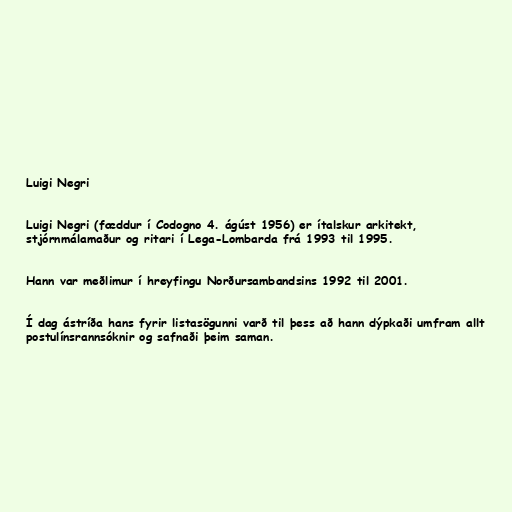
Luigi Negri

Luigi Negri (fæddur í Codogno 4. ágúst 1956) er ítalskur arkitekt,
stjórnmálamaður og ritari í Lega-Lombarda frá 1993 til 1995.

Hann var meðlimur í hreyfingu Norðursambandsins 1992 til 2001.

Í dag ástríða hans fyrir listasögunni varð til þess að hann dýpkaði umfram allt
postulínsrannsóknir og safnaði þeim saman.